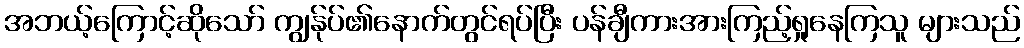
အဘယ့်ကြောင့်ဆိုသော် ကျွန်ုပ်၏နောက်တွင်ရပ်ပြီး ပန်ချီကားအားကြည့်ရှုနေကြသူ များသည်